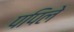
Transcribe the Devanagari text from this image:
पपिले